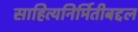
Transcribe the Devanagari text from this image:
साहित्यनिर्मितीबद्दल